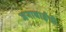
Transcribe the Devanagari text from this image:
जनाबाईंची